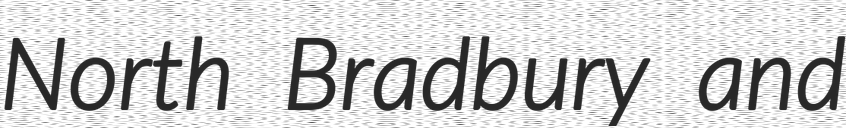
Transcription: North Bradbury and